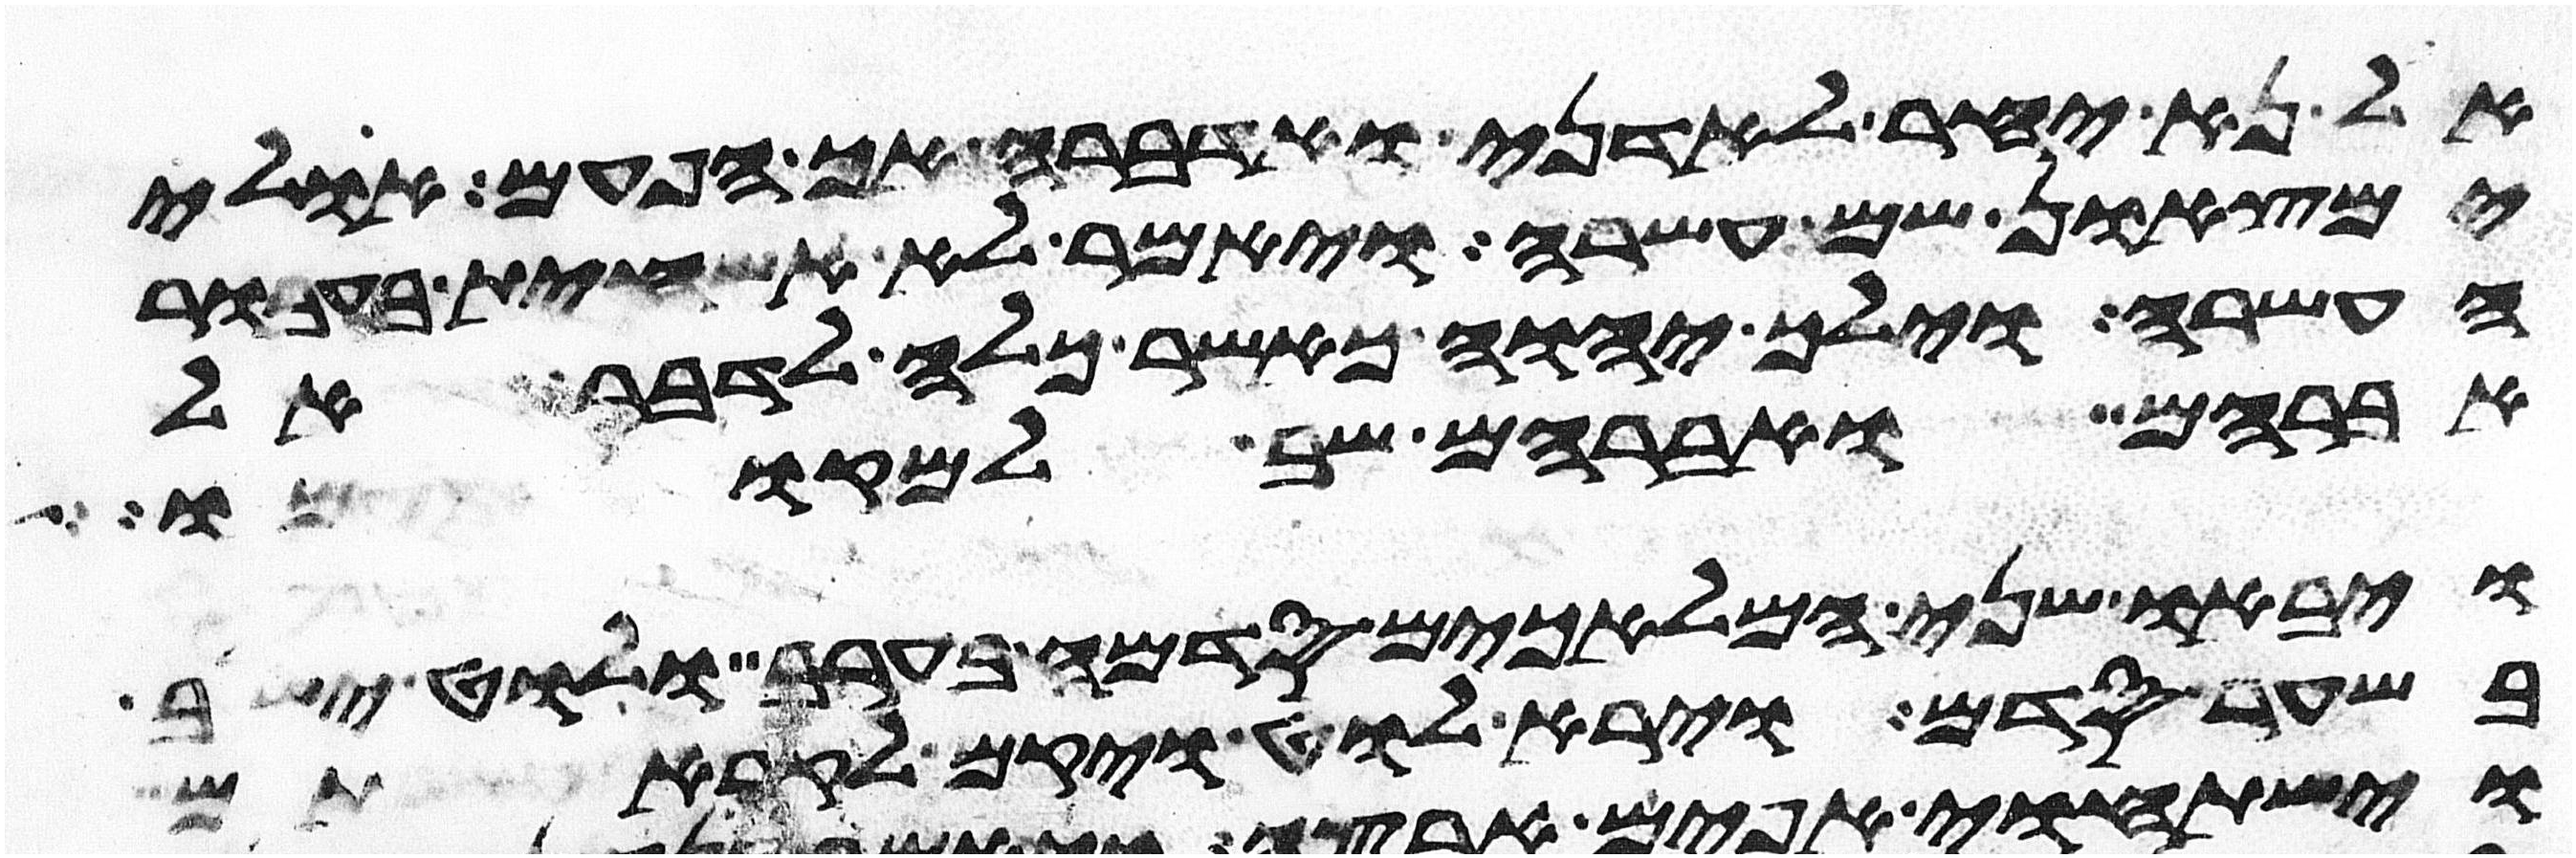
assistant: אל נא יחר לאדני ואדברה אך הפעם אולי
ימצאון שם עשרה ויאמר לא אשחית בעבור
העשרה וילך יהוה כאשר כלה לדבר אל
אברהם ואברהם שב למקומו
ויבאו שני המלאכים סדמה בערב ולוט ישב
בשער סדם וירא לוט ויקם לקראתם